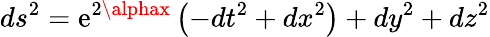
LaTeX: ds^{2}=\mathrm{e}^{2\alphax}\left(-dt^{2}+dx^{2}\right)+dy^{2}+dz^{2}